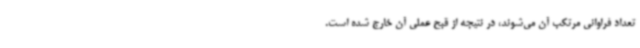
تعداد فراوانی مرتکب آن می‌شوند، در نتیجه از قبح عملی آن خارج شده است.